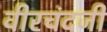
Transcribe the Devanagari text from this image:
वीरचंदजी